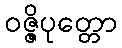
ဝဇ္ဇိပုတ္တော